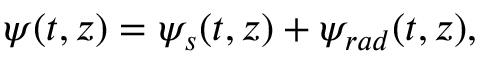
\begin{array} { r } { \! \! \! \! \! \! \! \! \! \psi ( t , z ) = \psi _ { s } ( t , z ) + \psi _ { r a d } ( t , z ) , } \end{array}